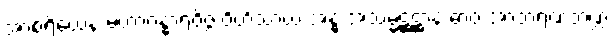
အာစရိယေန မဟာဂန္ဓာရဝိဇ္ဇံ ဝိဟိံသာယ အန္ဓ အသမ္မဋ္ဌဋ္ဌာနံ ဓာဝ အာဘရဏဘဏ္ဍံ